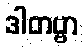
ဒါတဗ္ဗာ